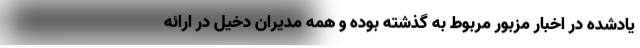
یادشده در اخبار مزبور مربوط به گذشته بوده و همه مدیران دخیل در ارائه